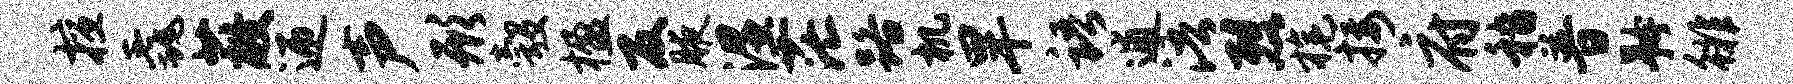
擅毳蔽迎声形彀楹反腋湿茫路机旱语逋浯烈旄接府嵇普矜徘